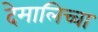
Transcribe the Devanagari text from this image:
देमालिच्चा